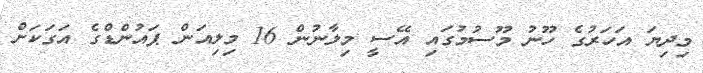
މިދިޔަ އަހަރުގެ ހޫނު މޫސުމުގައި އޭސީ މިލާނުން 16 މިލިއަން ޕައުންޑްގެ އަގަކަށް